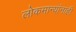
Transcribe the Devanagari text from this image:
लोकमान्‍यांनाही